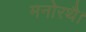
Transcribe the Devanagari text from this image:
मनोरथै।